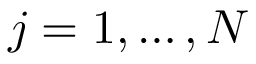
j = 1 , \ldots , N